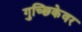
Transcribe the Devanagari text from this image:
गुच्छिकेवर